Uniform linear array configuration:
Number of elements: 24
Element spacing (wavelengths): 0.75
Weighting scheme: binomial
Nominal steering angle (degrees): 15
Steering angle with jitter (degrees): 16.16
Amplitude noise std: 0.05
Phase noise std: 0.05

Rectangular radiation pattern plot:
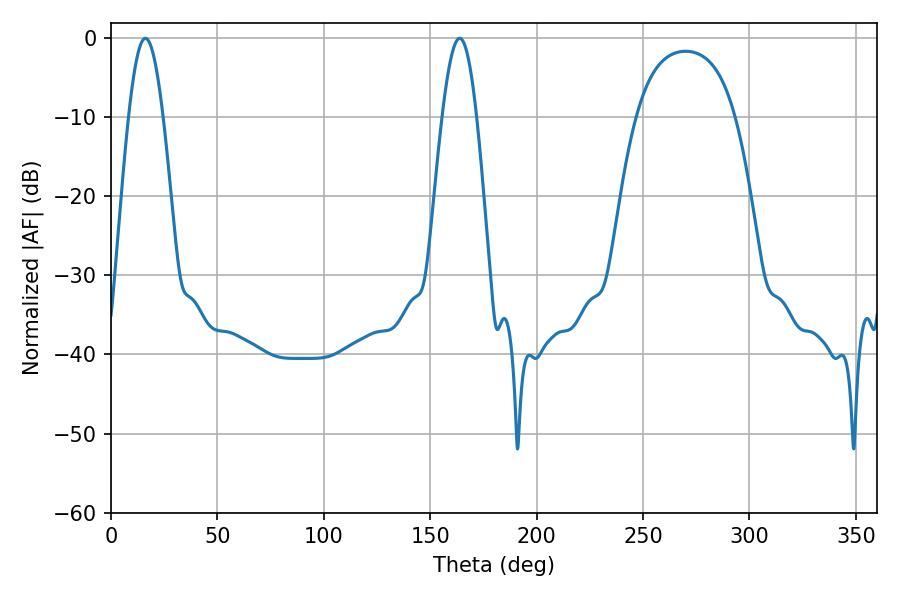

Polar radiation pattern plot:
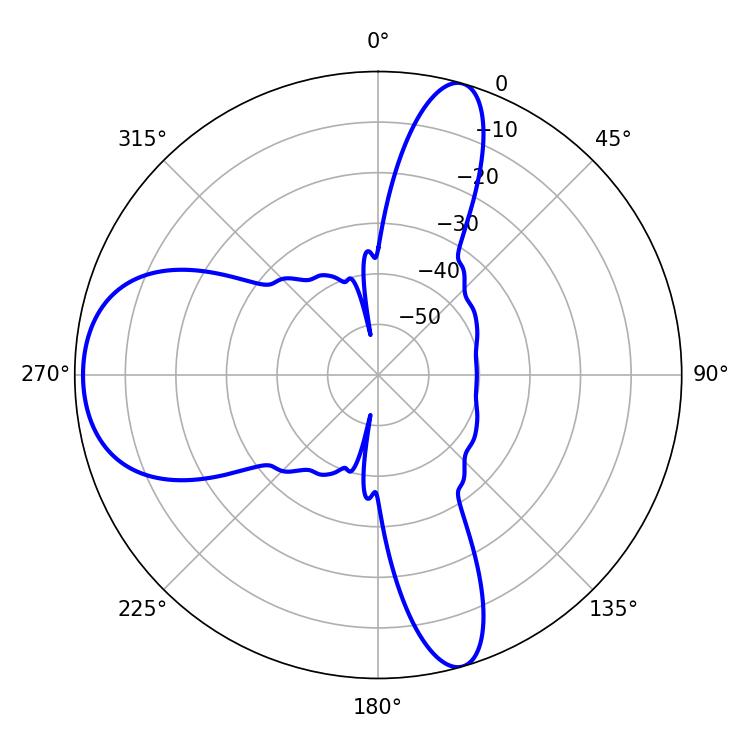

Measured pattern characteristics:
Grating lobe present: TRUE
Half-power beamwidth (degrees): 8.64
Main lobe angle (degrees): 16.2